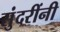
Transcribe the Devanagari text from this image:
सुंदरींनी